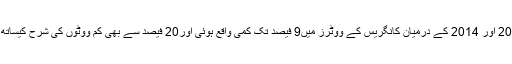
مگر ایک مشکل ہے، 2009 اور 2014 کے درمیان کانگریس کے ووٹرز میں9 فیصد تک کمی واقع ہوئی اور20 فیصد سے بھی کم ووٹوں کی شرح کیساتھ کم ترین شرح حاصل کی۔